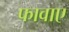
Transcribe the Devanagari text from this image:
फावाए